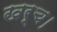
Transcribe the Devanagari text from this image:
खर्च।